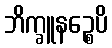
ဘိက္ခူနဉ္စေပိ